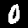
Label: 0